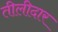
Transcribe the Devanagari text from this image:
तीलीदार